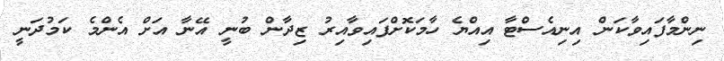
ނިންމާފައިވާކަން އިނިއެސްޓާ އިއްޔެ ހާމަކޮށްފައިވާއިރު ޒިދާން ބުނީ އޭނާ އަށް އެންމެ ކަމުދަނީ